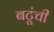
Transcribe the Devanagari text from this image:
बटूंची